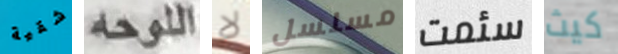
شقية اللوحه لا مسلسل سئمت كيث